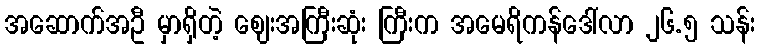
အဆောက်အဦ မှာရှိတဲ့ ဈေးအကြီးဆုံး ကြီးက အမေရိကန်ဒေါ်လာ ၂၆.၅ သန်း